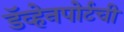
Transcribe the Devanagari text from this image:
डॅव्हेनपोर्टची